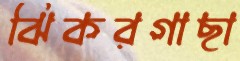
ঝিকরগাছা